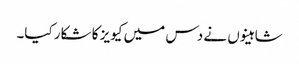
شاہینوں نے دس میں کیویز کا شکار کیا۔